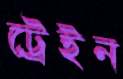
ট্রেইন